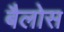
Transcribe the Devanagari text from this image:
बैलोस